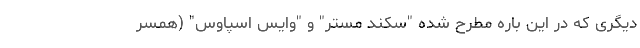
دیگری که در این باره مطرح شده "سکند مِستر" و "وایس اسپاوس" (همسر